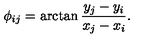
\phi _ { i j } = \arctan \frac { y _ { j } - y _ { i } } { x _ { j } - x _ { i } } .